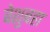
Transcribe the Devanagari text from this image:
बेशुबहा